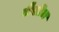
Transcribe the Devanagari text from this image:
मैसीज